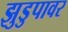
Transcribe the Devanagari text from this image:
झुडुपावर